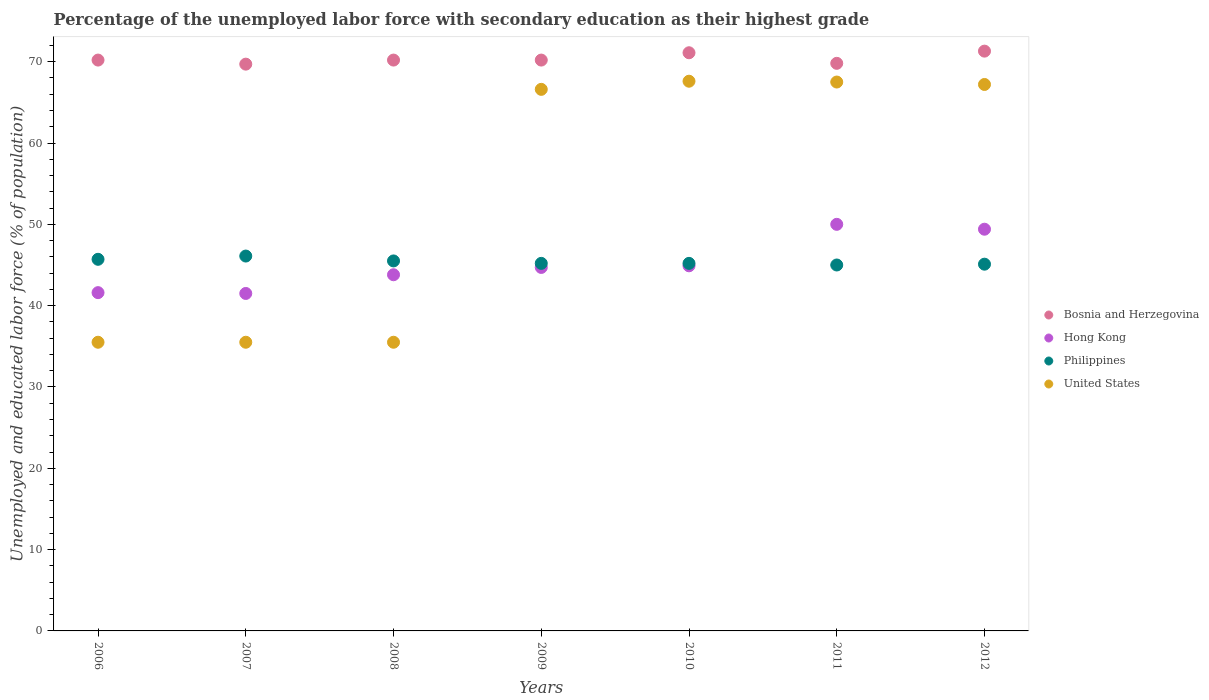
| Years | Bosnia and Herzegovina | Hong Kong | Philippines | United States |
 | --- | --- | --- | --- | --- |
 | 2006 | 70.2 | 41.6 | 45.7 | 35.5 |
 | 2007 | 69.7 | 41.5 | 46.1 | 35.5 |
 | 2008 | 70.2 | 43.8 | 45.5 | 35.5 |
 | 2009 | 70.2 | 44.7 | 45.2 | 66.6 |
 | 2010 | 71.1 | 44.9 | 45.2 | 67.6 |
 | 2011 | 69.8 | 50 | 45 | 67.5 |
 | 2012 | 71.3 | 49.4 | 45.1 | 67.2 |